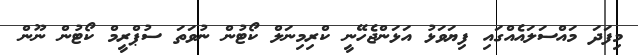
މިފަދަ މައްސަލައެއްގައި ފިޔަވަޅު އަޅަންޖެހޭނީ ކްރިމިނަލް ކޯޓުން ނުވަތަ ސުޕްރީމް ކޯޓުން ނޫން